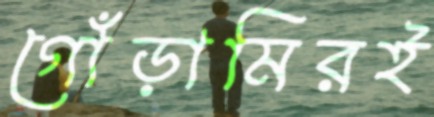
গোঁড়ামিরই